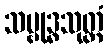
သမ္ဗုဒ္ဓသုတ္တံ